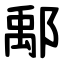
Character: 鄅